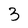
Character: 3